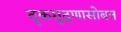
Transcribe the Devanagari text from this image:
दृकमुद्रणासोबत